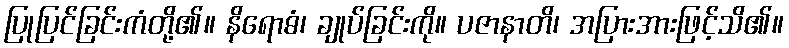
ပြုပြင်ခြင်းကံတို့၏။ နိရောဓံ၊ ချုပ်ခြင်းကို။ ပဇာနာတိ၊ အပြားအားဖြင့်သိ၏။